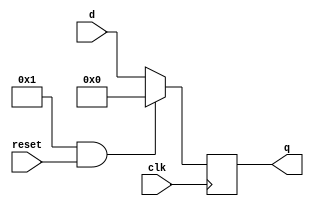
module parameterized_register #(parameter N = 8, parameter RESET_ACTIVE = 1) (
    input wire clk,
    input wire reset,
    input wire [N-1:0] d,
    output reg [N-1:0] q
);

    always @(posedge clk) begin
        if ((RESET_ACTIVE && reset) || (!RESET_ACTIVE && !reset)) begin
            // Reset condition met, initialize output q to zero
            q <= {N{1'b0}}; // or assign a predefined value if needed
        end else begin
            // Normal operation, assign input data to output
            q <= d;
        end
    end

endmodule